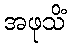
အဖုသိံ